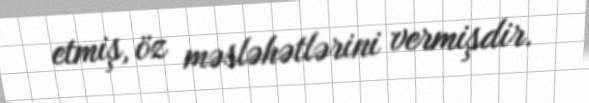
etmiş, öz məsləhətlərini vermişdir.